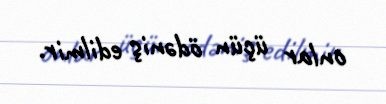
onlar üçün ödəniş edilmir.